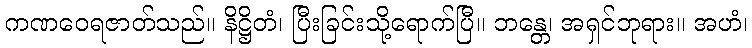
ကဏဝေရဇာတ်သည်။ နိဋ္ဌိတံ၊ ပြီးခြင်းသို့ရောက်ပြီ။ ဘန္တေ၊ အရှင်ဘုရား။ အဟံ၊